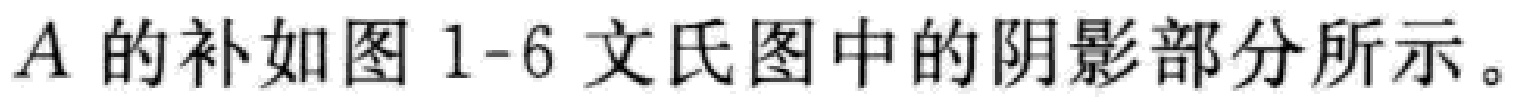
\(A\)的补如图1-6文氏图中的阴影部分所示。